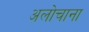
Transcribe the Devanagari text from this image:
अलोचाना